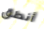
أنطق